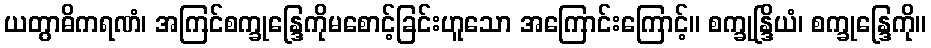
ယတွာဓိကရဏံ၊ အကြင်စက္ခုန္ဒြေကိုမစောင့်ခြင်းဟူသော အကြောင်းကြောင့်။ စက္ခုန္ဒြိယံ၊ စက္ခုန္ဒြေကို။